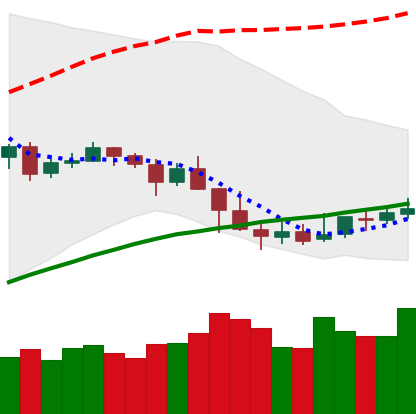
Ticker: NEO-USD
Chart end date: 2019-05-03
Forward return: -9.58%
Label: down_7plus